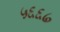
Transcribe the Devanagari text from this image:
५६६७